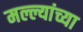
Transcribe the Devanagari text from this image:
मल्ल्यांच्या